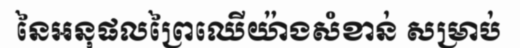
នៃអនុផលព្រៃឈើយ៉ាងសំខាន់ សម្រាប់